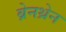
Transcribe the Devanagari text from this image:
ब्रेनथ्रेन